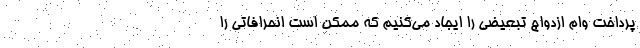
پرداخت وام ازدواج تبعیضی را ایجاد می‌کنیم که ممکن است انحرافاتی را